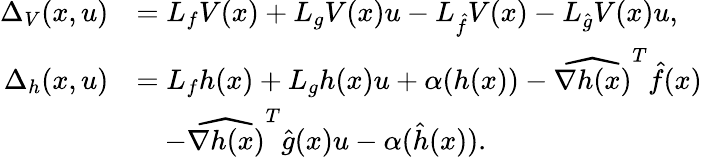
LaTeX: \begin{array}{rl}{\Delta_{V}(x,u)}&{=L_{f}V(x)+L_{g}V(x)u-L_{\hat{f}}V(x)-L_{\hat{g}}V(x)u,}\\ {\Delta_{h}(x,u)}&{=L_{f}h(x)+L_{g}h(x)u+\alpha(h(x))-\widehat{\nabla h(x)}^{T}\hat{f}(x)}\\ &{\quad-\widehat{\nabla h(x)}^{T}\hat{g}(x)u-\alpha(\hat{h}(x)).}\end{array}